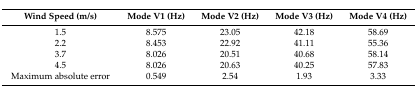
| Wind Speed (m/s) | Mode V1 (Hz) | Mode V2 (Hz) | Mode V3 (Hz) | Mode V4 (Hz) |
 | --- | --- | --- | --- | --- |
 | 1.5 | 8.575 | 23.05 | 42.18 | 58.69 |
 | 2.2 | 8.453 | 22.92 | 41.11 | 55.36 |
 | 3.7 | 8.026 | 20.51 | 40.68 | 58.14 |
 | 4.5 | 8.026 | 20.63 | 40.25 | 57.83 |
 | Maximum absolute error | 0.549 | 2.54 | 1.93 | 3.33 |